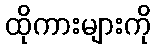
ထိုကားများကို